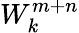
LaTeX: W_{k}^{m+n}